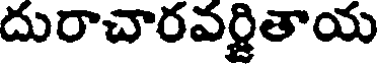
దురాచారవర్జితాయ